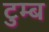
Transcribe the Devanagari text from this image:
टुम्ब